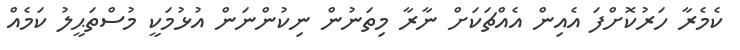
ކެމެރާ ހަރުކޮށްފަ އެއިން އެއްޗަކަށް ނާރާ މިތަނުން ނިކުންނަން އުޅުމަކީ މުސްތަޙީލު ކަމެއް